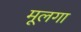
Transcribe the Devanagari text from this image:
मूलगा